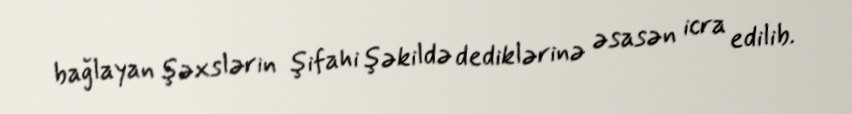
bağlayan şəxslərin şifahi şəkildə dediklərinə əsasən icra edilib.